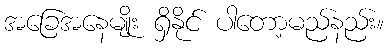
အခြေအနေမျိုး ရှိနိုင် ပါတော့မည်နည်း။